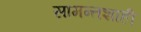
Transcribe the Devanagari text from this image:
सामन्‍तशाही